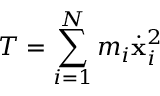
T = \sum _ { i = 1 } ^ { N } m _ { i } { \dot { \bf x } _ { i } ^ { 2 } }